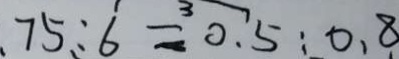
7 5 : 6 = 0 . 5 : 0 . 8